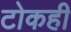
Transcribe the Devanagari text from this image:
टोकही